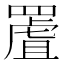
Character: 𦋾